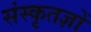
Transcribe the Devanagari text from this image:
संस्कृतज्ञों